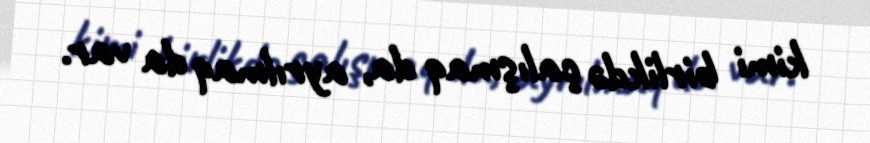
kimi birlikdə çalışmaq da, ayrılmaq da var.